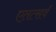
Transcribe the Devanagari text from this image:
एतत्सर्वं